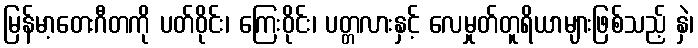
မြန်မာ့တေးဂီတကို ပတ်ဝိုင်း၊ ကြေးဝိုင်း၊ ပတ္တလားနှင့် လေမှုတ်တူရိယာများဖြစ်သည့် နှဲ၊